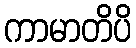
ကာမာတိပိ